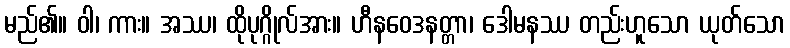
မည်၏။ ဝါ၊ ကား။ အဿ၊ ထိုပုဂ္ဂိုလ်အား။ ဟီနဝေဒနတ္တာ၊ ဒေါမနဿ တည်းဟူသော ယုတ်သော